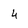
Character: 4